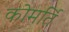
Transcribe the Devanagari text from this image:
कोमर्ति